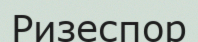
Ризеспор